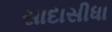
સાદાસીધા